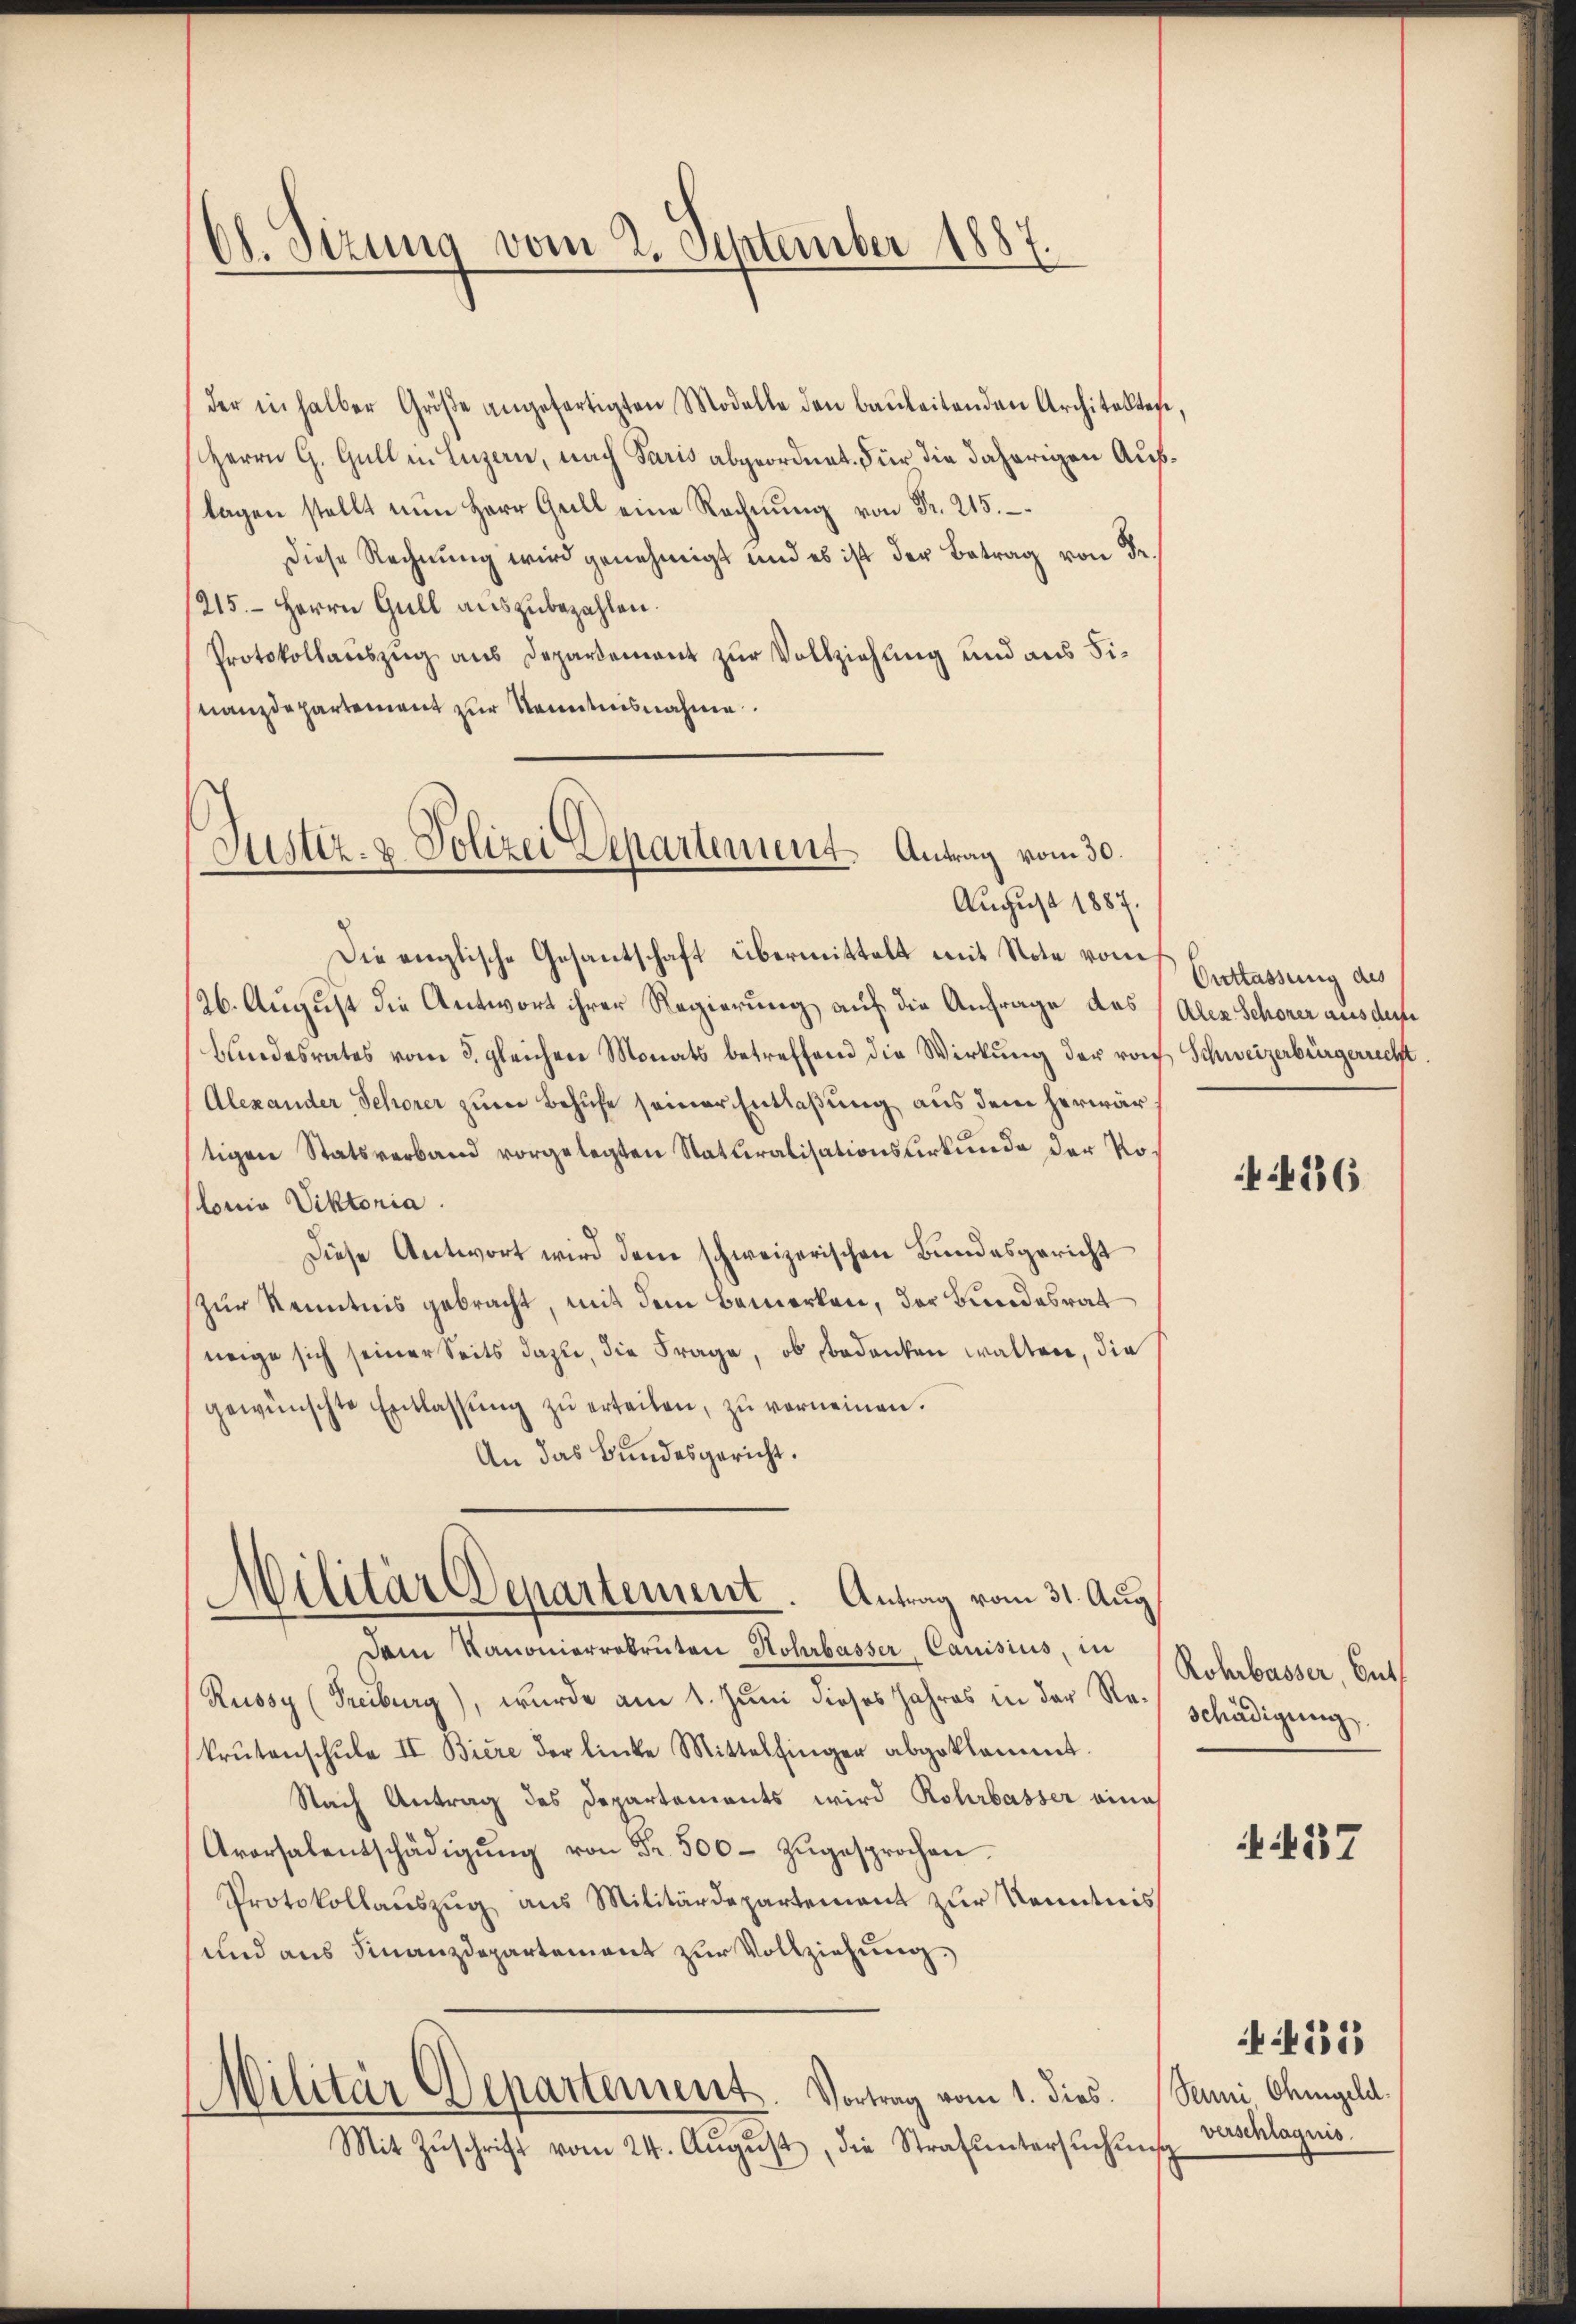
Ch. Sizung vom 2. September 1887.

der in halber Groβe angefertigten Modelle den baŭleitenden Architektege,
Herrn G. Gull in Luzern, nach Paris abgeordnet. Für die daherigen Auflagen stellt nun Herr Gull eine Rechnŭng von Fr. 215.
Diese Rechnung wird genehmigt und es ist der Betrag von Fr.
/215. Herrn Giell auszubezahlen.
Protokollauszug aus Departement zur Vollziehung und aus Sinanzdepartement zur Kenntnisnahme.

Justiz- & Polizei Departement. Antrag vom 30.
August 1887.

Die englische Gesantschaft übermittelt mit Note vom
126. August die Antwort ihrer Regierung auf die Anfrage des (Alex Schöner aus dere
blindesrates vom 3. gleichen Monats betreffend die Wirkung der vor Schweizerbürgerrecht.
Alexander, Schorer zum Behufe seiner Entlaßung aus dem herwärtigen Statsverband vorgelegten Naturalisationsurkunde der Polonia Viktoria.
Diese Antwort wird dem schweizerischen Bundesgericht
zur Kenntnis gebracht, mit dem Bemerken, der Bundesrat
weige sich seiner Seits dazu, die Frage, ob bedanken walten, die
gewünschte Entlassŭng zŭ erteilen, zŭ verneinen.
An das Bundesgericht.
Militär Departement. Antrag vom 31. Aug.
Dem Kanonierrekruten Rohrbasser, Canisius, in Rohrbasser Gut
Russy (Freiburg), wurde am 1. Juni dieses Jahres in der Rekrŭtanschŭle II. Biere der linke Mittelfinger abgeklommt.
Nach Antrag des Departements wird Rohrbasser eine
Arorsalentschädigŭng von Fr. 500. zŭgesprochen.
Protokollauszug aus Militärdepartement zur Kenntnis
und aus Finanzdepartement zur Vollziehung.
Militär Departement
Vortrag vom 1. dies. Senni Ohmgeld.
Mit Zŭschrift vom 24. Aŭgŭst, die Strafŭntersŭchŭng

Outtassung des

Schädigung

verschlagnis.

436

437

4223